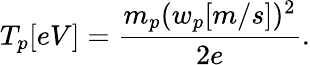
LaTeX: T_{p}[eV]=\frac{m_{p}(w_{p}[m/s])^{2}}{2e}.